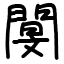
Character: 閺